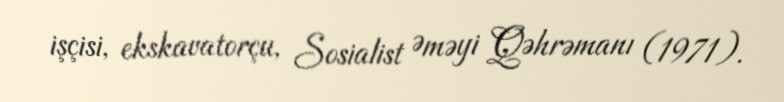
işçisi, ekskavatorçu, Sosialist Əməyi Qəhrəmanı (1971).